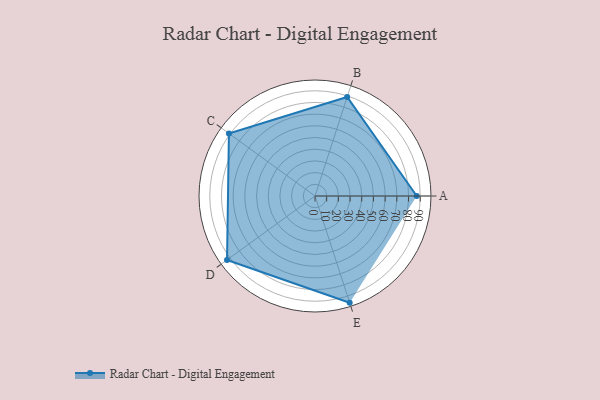
{"axis": {"x": "Skill", "y": "Score"}, "legend": ["Profile"], "data": [{"x": "A", "y": 87.0, "type": "Profile"}, {"x": "B", "y": 89.0, "type": "Profile"}, {"x": "C", "y": 91.0, "type": "Profile"}, {"x": "D", "y": 93.0, "type": "Profile"}, {"x": "E", "y": 96.0, "type": "Profile"}]}